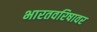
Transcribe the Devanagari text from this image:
भारतवरिषावर